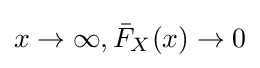
x\to \infty ,{\bar {F}}_{X}(x)\to 0